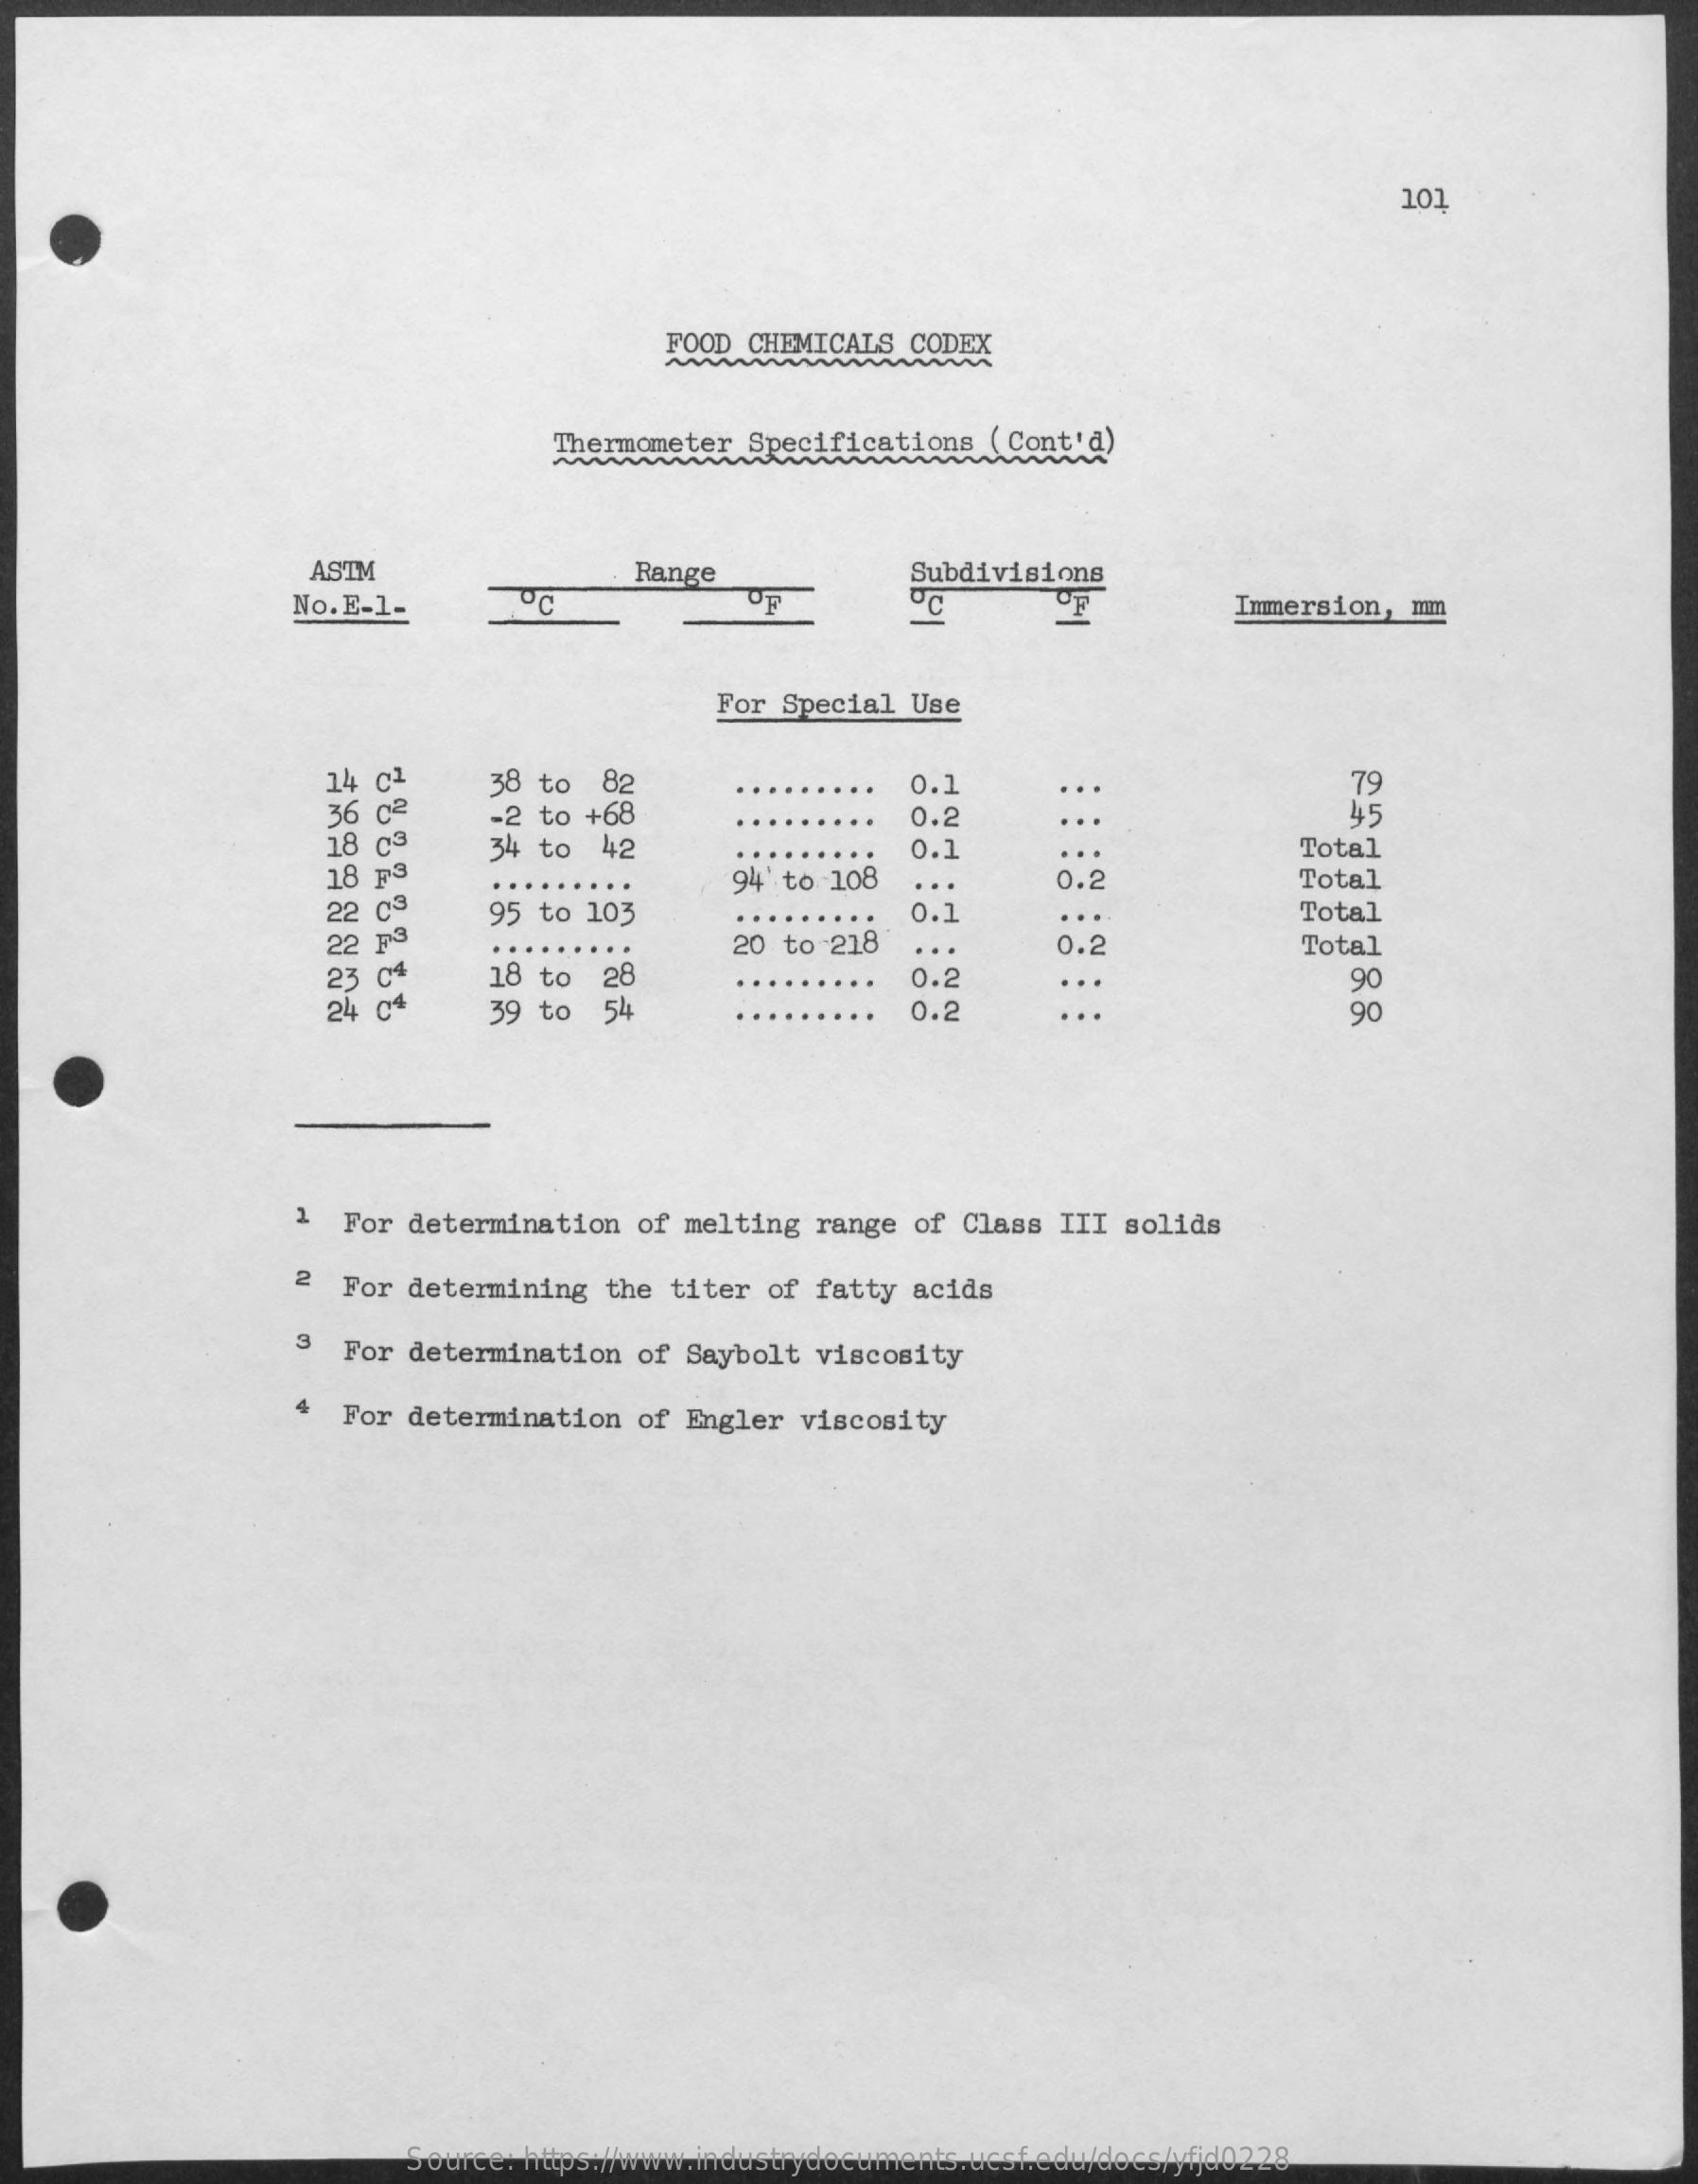
101
     FOOD CHEMICALS  CODEX
     Thermometer  Specifications  (Cont'd)
     ASTM    Range    Subdivisions
     No. E-1-    OC    Immersion,  mm
     For Special  Use
     14 c1
     36 c2
     38 to  82    0.1    79
     18 c3
     -2 to +68    0.2    45
     Total
     18 p3
     34 to  42    0.1
     0.2    Total
     22 c3
     94  to 108
     95 to 103    0.1    Total
     22 p3    20  to 218   ...    0.2    Total
     23 04
     ...
     24 04
     18 to   28    0.2    90
     39 to   54    0.2    90
     1  For determination  of  melting  range of Class  III solids
     2  For determining   the titer of  fatty acids
     3  For determination   of Saybolt  viscosity
     For determination   of Engler  viscosity
     Source: https://www.industrydocuments.ucsf.edu/docs/yfjd0228